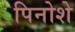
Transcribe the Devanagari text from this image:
पिनोशे